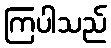
ကြပါသည်